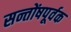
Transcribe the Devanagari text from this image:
सन्तोंषपूर्वक